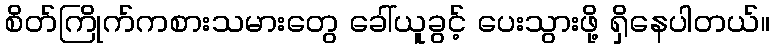
စိတ်ကြိုက်ကစားသမားတွေ ခေါ်ယူခွင့် ပေးသွားဖို့ ရှိနေပါတယ်။